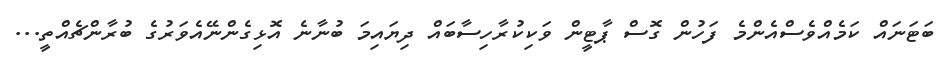
ބަޓަނައް ކަމެއްވެސްއެންމެ ފަހުން ގޮސް ޕާޓީން ވަކިކުރާހިސާބައް ދިޔައިމަ ބުނާނެ އޮޅިގެންނޭއެވަރުގެ ބުރާންޗެއްތީ...